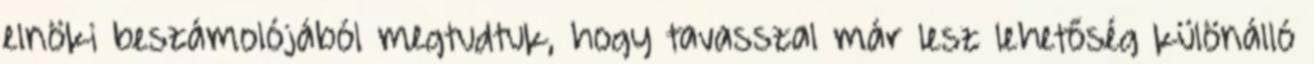
elnöki beszámolójából megtudtuk, hogy tavasszal már lesz lehetőség különálló